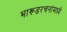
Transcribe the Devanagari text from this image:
भारूडरचनांमध्ये